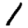
Digit: 1